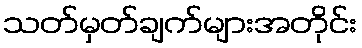
သတ်မှတ်ချက်များအတိုင်း